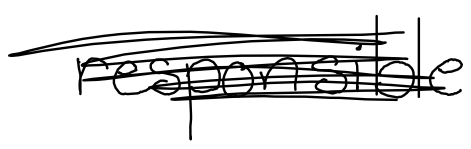
Text: responsible
Cross-out: scratch
Writing tool: digital_black